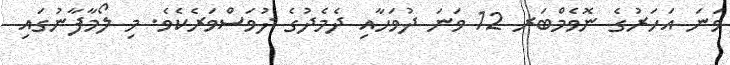
ވަނަ އަހަރުގެ ނޮވެމްބަރ 12 ވަނަ ދުވަހާއި ދެމެދުގެ ދުވަސްވަރެކެވެ. މި ލޯމާފާނުގައި